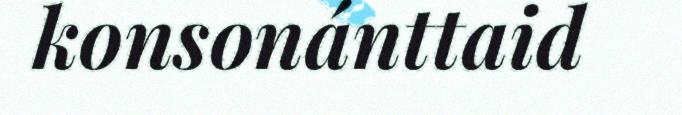
konsonánttaid